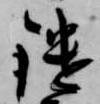
鑓